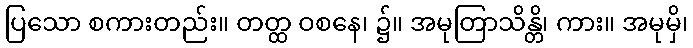
ပြသော စကားတည်း။ တတ္ထ ဝစနေ၊ ၌။ အမုတြာသိန္တိ၊ ကား။ အမုမှိ၊